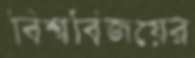
বিশ্ববিজয়ের